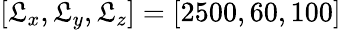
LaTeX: [\mathfrak{L}_{x},\mathfrak{L}_{y},\mathfrak{L}_{z}]=[2500,60,100]